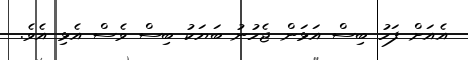
އެއަށް ފަހު ބިސް އަޅަން ޖެހުނު ބަޔަކު ބިސް ވެސް އެޅި އެވެ.